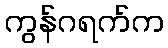
ကွန်ဂရက်က